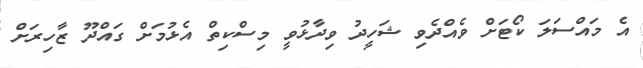
އެ މައްސަލަ ކޯޓަށް ވެއްދެވި ޝަހީދު ވިދާޅުވީ މިސްކިތް އެޅުމަށް ގައްދޫ ޒާހިރަށް